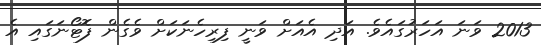
2013 ވަނަ އަހަރުގައެވެ. އަދި އެއަށް ވަނީ ފިރިހެނަކަށް ވެގެން ފޮޓޯނަގައި އެ